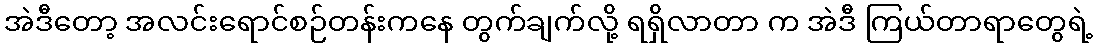
အဲဒီတော့ အလင်းရောင်စဉ်တန်းကနေ တွက်ချက်လို့ ရရှိလာတာ က အဲဒီ ကြယ်တာရာတွေရဲ့